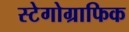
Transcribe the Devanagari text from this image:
स्टेगोग्राफिक